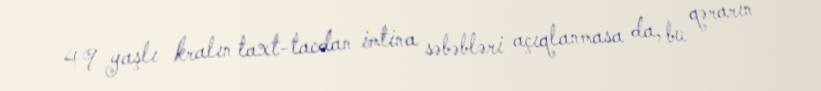
49 yaşlı kralın taxt-tacdan imtina səbəbləri açıqlanmasa da, bu qərarın